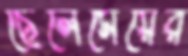
ছেলেমেয়ের